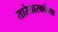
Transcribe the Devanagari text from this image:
तारेतारकांच्या